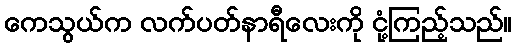
ကေသွယ်က လက်ပတ်နာရီလေးကို ငုံ့ကြည့်သည်။